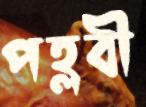
পহ্লবী